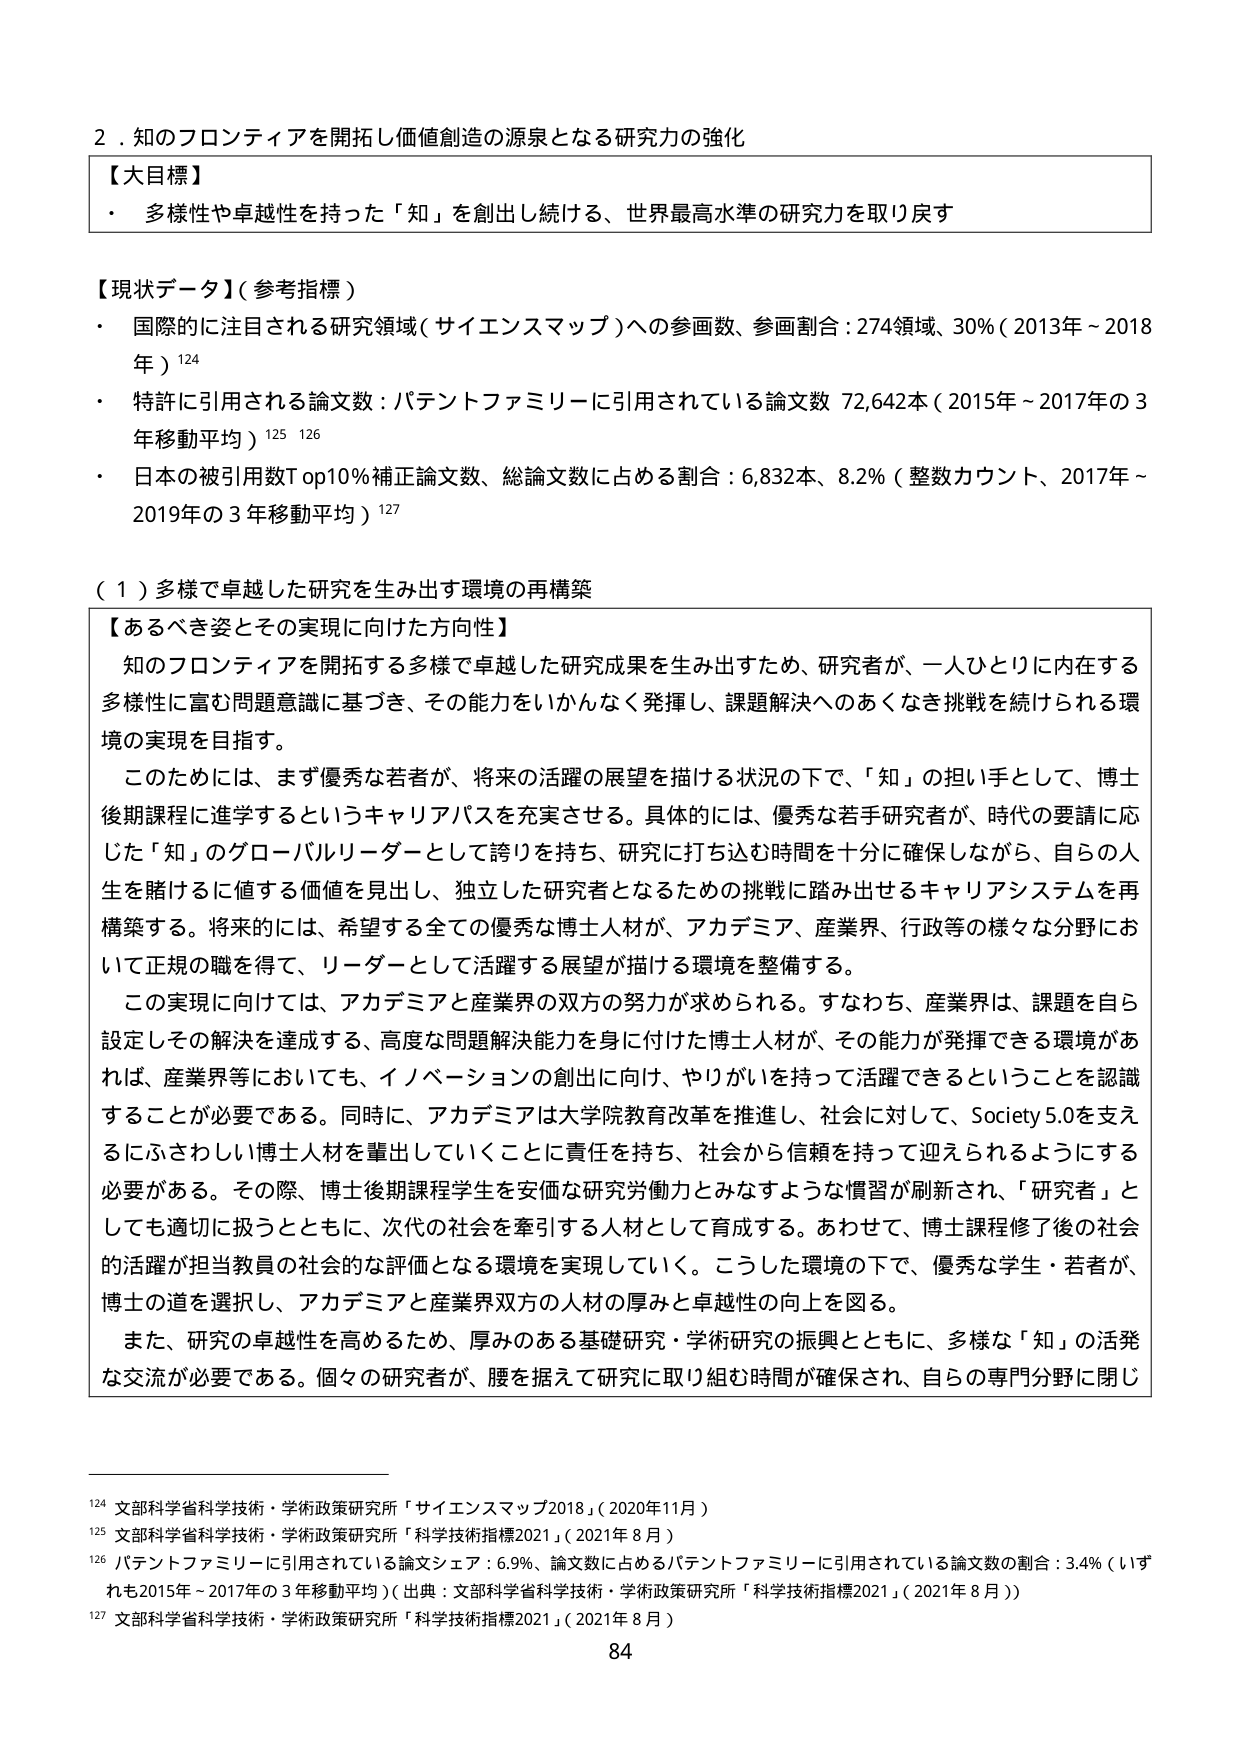
2．知のフロンティアを開拓し価値創造の源泉となる研究力の強化

【大目標】
・ 多様性や卓越性を持った「知」を創出し続ける、世界最高水準の研究力を取り戻す

【現状データ】（参考指標）
・ 国際的に注目される研究領域（サイエンスマップ）への参画数、参画割合：274領域、30％（2013年～2018年）124
・ 特許に引用される論文数：パテントファミリーに引用されている論文数 72,642本（2015年～2017年の3年移動平均）125 126
・ 日本の被引用数Top10％補正論文数、総論文数に占める割合：6,832本、8.2％（整数カウント、2017年～2019年の3年移動平均）127

（１）多様で卓越した研究を生み出す環境の再構築

【あるべき姿とその実現に向けた方向性】
知のフロンティアを開拓する多様で卓越した研究成果を生み出すため、研究者が、一人ひとりに内在する多様性に富む問題意識に基づき、その能力をいかんなく発揮し、課題解決へのあくなき挑戦を続けられる環境の実現を目指す。
このためには、まず優秀な若者が、将来の活躍の展望を描ける状況の下で、「知」の担い手として、博士後期課程に進学するというキャリアパスを充実させる。具体的には、優秀な若手研究者が、時代の要請に応じた「知」のグローバルリーダーとして誇りを持ち、研究に打ち込む時間を十分に確保しながら、自らの人生を賭けるに値する価値を見出し、独立した研究者となるための挑戦に踏み出せるキャリアシステムを再構築する。将来的には、希望する全ての優秀な博士人材が、アカデミア、産業界、行政等の様々な分野において正規の職を得て、リーダーとして活躍する展望が描ける環境を整備する。
この実現に向けては、アカデミアと産業界の双方の努力が求められる。すなわち、産業界は、課題を自ら設定しその解決を達成する、高度な問題解決能力を身に付けた博士人材が、その能力が発揮できる環境があれば、産業界等においても、イノベーションの創出に向け、やりがいを持って活躍できるということを認識することが必要である。同時に、アカデミアは大学院教育改革を推進し、社会に対して、Society 5.0を支えるにふさわしい博士人材を輩出していくことに責任を持ち、社会から信頼を持って迎えられるようにする必要がある。その際、博士後期課程学生を安価な研究労働力とみなすような慣習が刷新され、「研究者」としても適切に扱うとともに、次代の社会を牽引する人材として育成する。あわせて、博士課程修了後の社会的活躍が担当教員の社会的な評価となる環境を実現していく。こうした環境の下で、優秀な学生・若者が、博士の道を選択し、アカデミアと産業界双方の人材の厚みと卓越性の向上を図る。
また、研究の卓越性を高めるため、厚みのある基礎研究・学術研究の振興とともに、多様な「知」の活発な交流が必要である。個々の研究者が、腰を据えて研究に取り組む時間が確保され、自らの専門分野に関じ

124 文部科学省科学技術・学術政策研究所「サイエンスマップ2018」（2020年11月）
125 文部科学省科学技術・学術政策研究所「科学技術指標2021」（2021年8月）
126 パテントファミリーに引用されている論文シェア：6.9％、論文数に占めるパテントファミリーに引用されている論文数の割合：3.4％（いずれも2015年～2017年の3年移動平均）（出典：文部科学省科学技術・学術政策研究所「科学技術指標2021」（2021年8月））
127 文部科学省科学技術・学術政策研究所「科学技術指標2021」（2021年8月）

84